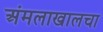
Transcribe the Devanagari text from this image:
अंमलाखालचा